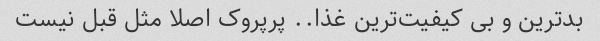
بدترین و بى کیفیت‌ترین غذا.. پرپروک اصلا مثل قبل نیست